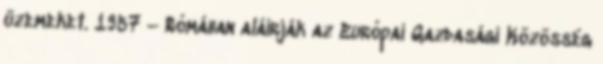
üzemeket. 1957 – Rómában aláírják az Európai Gazdasági Közösség